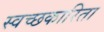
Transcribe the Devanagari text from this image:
स्वच्छकारिता